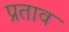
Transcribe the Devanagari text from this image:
प्रताव